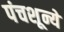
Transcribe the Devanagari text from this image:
पंचशून्ये